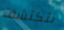
لتكتشف